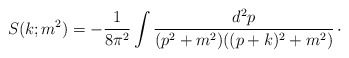
\begin{align*}S(k;m^{2}) = -{1\over 8\pi^{2}} \int {d^{2}p\over (p^{2}+m^{2})((p+k)^{2}+m^{2})}\, \cdotp\end{align*}